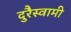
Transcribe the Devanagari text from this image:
दुरैस्वामी